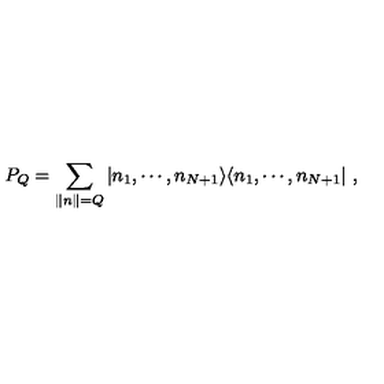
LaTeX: P _ { Q } = \sum _ { \| n \| = Q } \vert n _ { 1 } , \cdots , n _ { N + 1 } \rangle \langle n _ { 1 } , \cdots , n _ { N + 1 } \vert \ ,